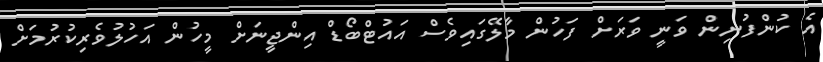
އެ ކުންފުނިން ވަނީ ވަރަށް ފަހުން މާލޭގައިވެސް އައުޓްބޯޑް އިންޖީނަށް މީހުން އަހުލުވެރިކުރުމަށް